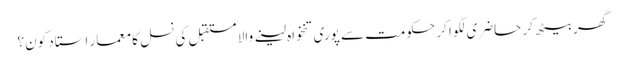
گھر بیٹھ کر حاضری لگوا کر حکومت سے پوری تنخواہ لینے والا مستقبل کی نسل کا معمار استاد کون؟